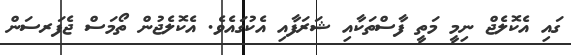
ގައި އެކޮލެޖް ނިމީ މަތީ ފާސްތަކާއި ޝަރަފާއި އެކުގައެވެ. އެކޮލެޖުން ތޯމަސް ޖެފަރސަން